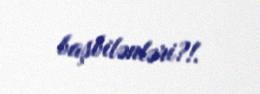
başbilənləri?!.